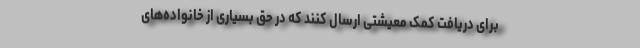
برای دریافت کمک معیشتی ارسال کنند که در حق بسیاری از خانواده‌های